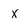
Character: X